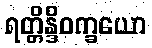
ရတ္တိန္ဒိဝက္ခယော